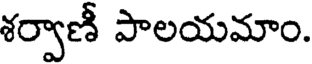
శర్వాణీ పాలయమాం.